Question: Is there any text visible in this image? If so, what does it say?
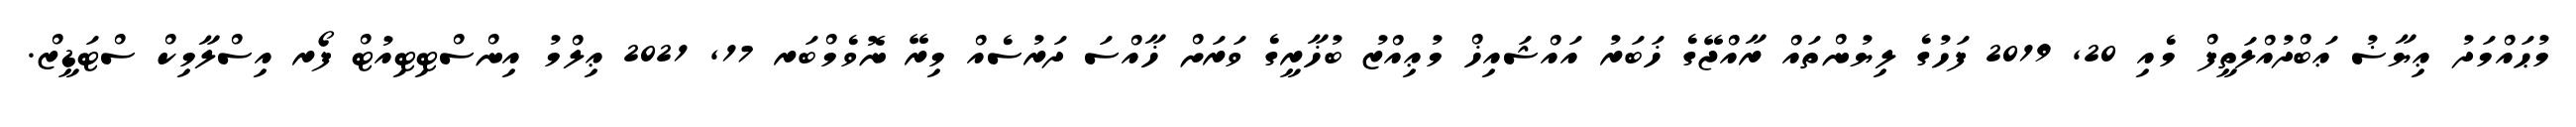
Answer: މުޙައްމަދު ޢިޔާޟު ޢަބްދުއްލަތީފް މެއި 20, 2019 ފަހުގެ ލިޔުންތައް ރާއްޖޭގެ ޚަބަރު އައްޝައިޚް މުޢިއްޒު ބުޚާރީގެ ވަރަށް ޚާއްސަ ދަރުސެއް މިރޭ ނޮވެމްބަރ 17, 2021 ޢިލްމު އިންސްޓިޓިއުޓް ފޯރ އިސްލާމިކް ސްޓަޑީޒް.